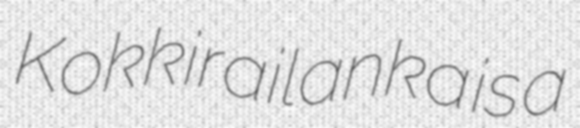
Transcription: Kokkirailanka is a